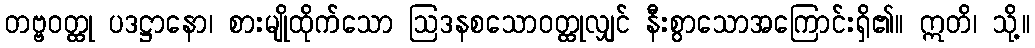
တဗ္ဗဝတ္ထု ပဒဋ္ဌာနော၊ စားမျိုထိုက်သော ဩဒနစသောဝတ္ထုလျှင် နီးစွာသောအကြောင်းရှိ၏။ ဣတိ၊ သို့။